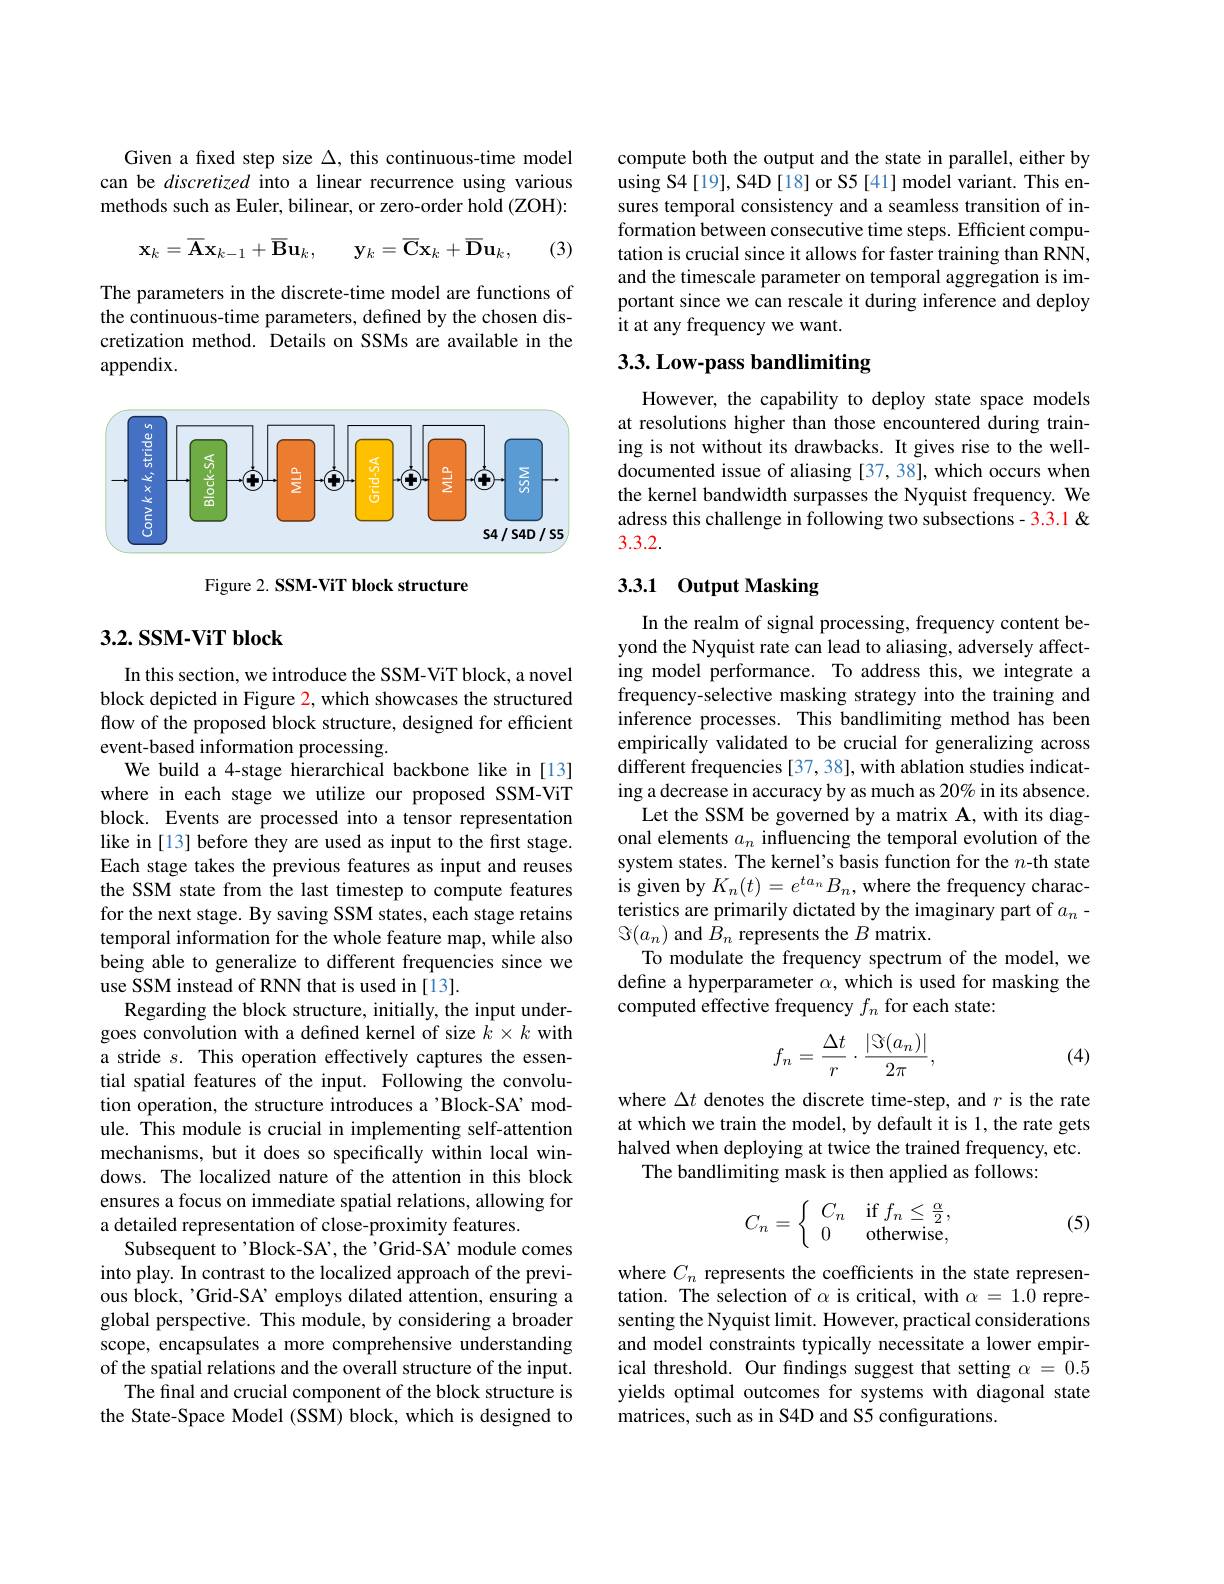
Given a fixed step size $\Delta$, this continuous-time model can be discretized into a linear recurrence using various methods such as Euler, bilinear, or zero-order hold (ZOH):

(3)
$$\mathbf{x}_{k}=\overline{\mathbf{A}}\mathbf{x}_{k-1}+\overline{\mathbf{B}}\mathbf{u}_{k},\quad\mathbf{y}_{k}=\overline{\mathbf{C}}\mathbf{x}_{k}+\overline{\mathbf{D}}\mathbf{u}_{k},$$
The parameters in the discrete-time model are functions of the continuous-time parameters, defined by the chosen discretization method. Details on SSMs are available in the appendix.

<FigureHere>

Figure 2. SSM-ViT block structure

### $3. 2. \textbf{SSM- ViT block}$

In this section, we introduce the SSM-ViT block, a novel block depicted in Figure 2, which showcases the structured flow of the proposed block structure, designed for efficient event-based information processing.
We build a 4-stage hierarchical backbone like in [13] where in each stage we utilize our proposed SSM-ViT block. Events are processed into a tensor representation like in [13] before they are used as input to the first stage. Each stage takes the previous features as input and reuses the SSM state from the last timestep to compute features for the next stage. By saving SSM states, each stage retains temporal information for the whole feature map, while also being able to generalize to different frequencies since we use SSM instead of RNN that is used in [13].
Regarding the block structure, initially, the input undergoes convolution with a defined kernel of size $k\times k$ with a stride $s.$ This operation effectively captures the essential spatial features of the input. Following the convolution operation, the structure introduces a'Block-SA’module. This module is crucial in implementing self-attention mechanisms, but it does so specifically within local windows. The localized nature of the attention in this block ensures a focus on immediate spatial relations, allowing for a detailed representation of close-proximity features.
Subsequent to'Block-SA', the'Grid-SA' module comes into play. In contrast to the localized approach of the previous block, 'Grid-SA’ employs dilated attention, ensuring a global perspective. This module, by considering a broader scope, encapsulates a more comprehensive understanding of the spatial relations and the overall structure of the input.
The final and crucial component of the block structure is the State-Space Model (SSM) block, which is designed to

compute both the output and the state in parallel, either by using S4[19], S4D[18] or S5[41] model variant. This ensures temporal consistency and a seamless transition of information between consecutive time steps. Efficient computation is crucial since it allows for faster training than RNN, and the timescale parameter on temporal aggregation is important since we can rescale it during inference and deploy it at any frequency we want.

# 3.3. Low-pass bandlimiting

However, the capability to deploy state space models at resolutions higher than those encountered during training is not without its drawbacks. It gives rise to the welldocumented issue of aliasing [37, 38], which occurs when the kernel bandwidth surpasses the Nyquist frequency. We adress this challenge in following two subsections - 3.3.1 & 3.3.2.

## 3.3.1 Output Masking

In the realm of signal processing, frequency content beyond the Nyquist rate can lead to aliasing, adversely affecting model performance. To address this, we integrate a frequency-selective masking strategy into the training and inference processes. This bandlimiting method has been empirically validated to be crucial for generalizing across different frequencies [37, 38], with ablation studies indicating a decrease in accuracy by as much as 20% in its absence.
Let the SSM be governed by a matrix A, with its diagonal elements $a_n$ influencing the temporal evolution of the system states. The kernel's basis function for the $n$-th state is given by $K_n(t)=e^{ta_n}B_n$, where the frequency characteristics are primarily dictated by the imaginary part of $a_n-$ $\Im(a_n)$ and $B_n$ represents the $B$ matrix.
To modulate the frequency spectrum of the model, we define a hyperparameter $\alpha$, which is used for masking the computed effective frequency $f_n$ for each state:
$$f_n=\frac{\Delta t}{r}\cdot\frac{|\Im(a_n)|}{2\pi},$$
(4)

where $\Delta t$ denotes the discrete time-step, and $r$ is the rate at which we train the model, by default it is 1, the rate gets halved when deploying at twice the trained frequency, etc.
The bandlimiting mask is then applied as follows:
$$C_n=\left\{\begin{array}{ll}C_n&\text{if}f_n\leq\frac{\alpha}{2},\\0&\text{otherwise,}\end{array}\right.$$
(5)

where $C_n$ represents the coefficients in the state representation. The selection of $\alpha$ is critical, with $\alpha=1.\tilde{0}$ representing the Nyquist limit. However, practical considerations and model constraints typically necessitate a lower empirical threshold. Our findings suggest that setting $\alpha=0.5$ yields optimal outcomes for systems with diagonal state matrices, such as in S4D and S5 configurations.